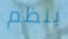
ينظم